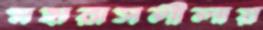
মহারাসলীলায়